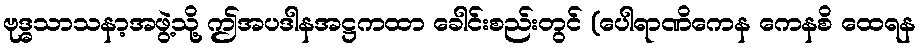
ဗုဒ္ဓသာသနာ့အဖွဲ့သို့ ဤအပဒါနအဋ္ဌကထာ ခေါင်းစည်းတွင် (ပေါရာဏိကေန ကေနစိ ထေရန